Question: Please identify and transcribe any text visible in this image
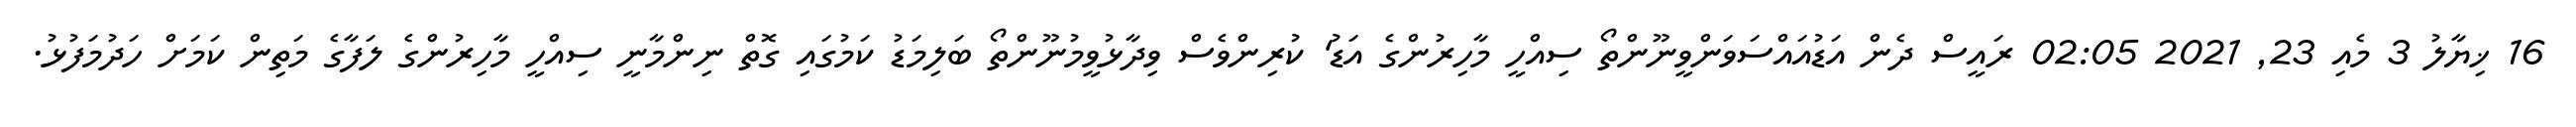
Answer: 16 ޚިޔާލު 3 މެއި 23, 2021 02:05 ރައީސް ދެން އަޑުއައްސަވަންވީނޫންތޯ ސިއްހީ މާހިރުންގެ އަޑު' ކުރިންވެސް ވިދާޅުވީމުނޫންތޯ ބަލިމަޑު ކަމުގައި ގޮތް ނިންމާނީ ސިއްހީ މާހިރުންގެ ލަފާގެ މަތިން ކަމަށް ހަދުމަފުޅު.